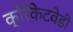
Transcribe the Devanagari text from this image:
क्रिकेटवेडी